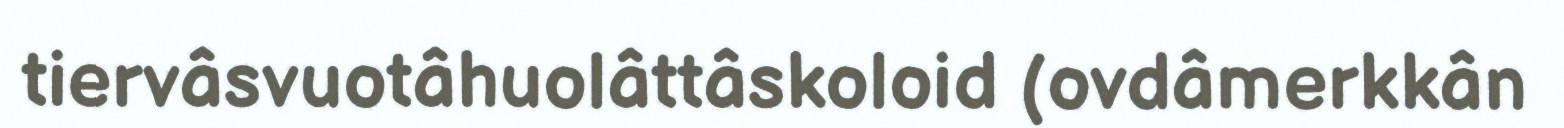
tiervâsvuotâhuolâttâskoloid (ovdâmerkkân